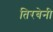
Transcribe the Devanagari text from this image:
तिरबेनी